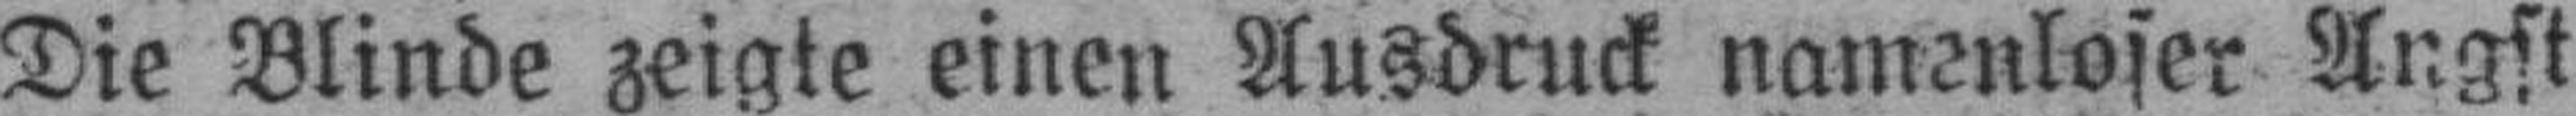
Die Blinde zeigte einen Ausbruck namenloser Angst